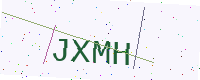
Text: JXMH